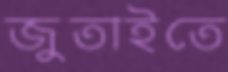
জুতাইতে